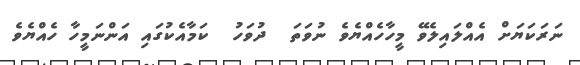
ނަރަކަޔަށް އެއްލައިލެވޭ މީހާހެއްޔެވެ ނުވަތަ  ދުވަހު  ކަމާއެކުގައި އަންނަމީހާ ހެއްޔެވެ